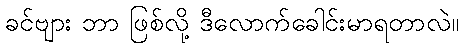
ခင်ဗျား ဘာ ဖြစ်လို့ ဒီလောက်ခေါင်းမာရတာလဲ။